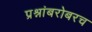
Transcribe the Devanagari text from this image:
प्रश्नांबरोबरच